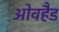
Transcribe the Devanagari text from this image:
ओवहैड